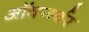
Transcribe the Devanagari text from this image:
ऑवजर्वर